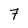
Character: 7